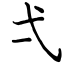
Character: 弌